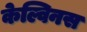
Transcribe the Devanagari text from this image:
केल्विनस